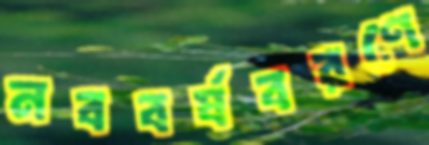
নববর্ষবরণে